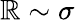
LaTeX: \mathbb{R}\sim\sigma